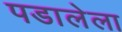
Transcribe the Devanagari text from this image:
पडालेला